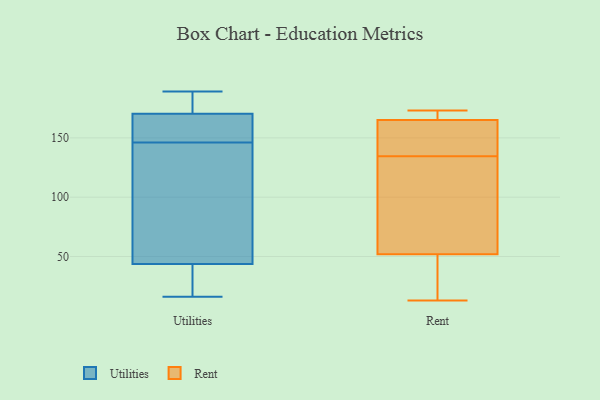
{"axis": {"x": "Revenue (USD Million)", "y": "Value"}, "legend": ["Rent", "Utilities"], "data": [{"x": "", "y": 22, "type": "Utilities"}, {"x": "", "y": 188, "type": "Utilities"}, {"x": "", "y": 169, "type": "Utilities"}, {"x": "", "y": 61, "type": "Utilities"}, {"x": "", "y": 153, "type": "Utilities"}, {"x": "", "y": 31, "type": "Utilities"}, {"x": "", "y": 171, "type": "Utilities"}, {"x": "", "y": 170, "type": "Utilities"}, {"x": "", "y": 119, "type": "Utilities"}, {"x": "", "y": 16, "type": "Utilities"}, {"x": "", "y": 189, "type": "Utilities"}, {"x": "", "y": 146, "type": "Utilities"}, {"x": "", "y": 48, "type": "Utilities"}, {"x": "", "y": 172, "type": "Rent"}, {"x": "", "y": 137, "type": "Rent"}, {"x": "", "y": 173, "type": "Rent"}, {"x": "", "y": 34, "type": "Rent"}, {"x": "", "y": 13, "type": "Rent"}, {"x": "", "y": 134, "type": "Rent"}, {"x": "", "y": 169, "type": "Rent"}, {"x": "", "y": 173, "type": "Rent"}, {"x": "", "y": 52, "type": "Rent"}, {"x": "", "y": 43, "type": "Rent"}, {"x": "", "y": 64, "type": "Rent"}, {"x": "", "y": 135, "type": "Rent"}, {"x": "", "y": 141, "type": "Rent"}, {"x": "", "y": 78, "type": "Rent"}, {"x": "", "y": 16, "type": "Rent"}, {"x": "", "y": 165, "type": "Rent"}, {"x": "", "y": 80, "type": "Rent"}, {"x": "", "y": 147, "type": "Rent"}]}